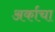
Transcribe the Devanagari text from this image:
अर्काचा